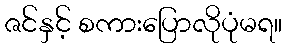
ဇင်နှင့် စကားပြောလိုပုံမရ။